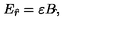
E _ { \hat { r } } = \varepsilon B _ { \hat { } } ,